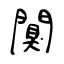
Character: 闃